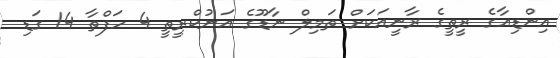
އިންޑިއާގެ ރީތީގެ ރާނީއަކަށް ތަމިލް ނާޑޫގެ އަނުކްރީތީ 4 ހަފްތާ 14 ގަޑި